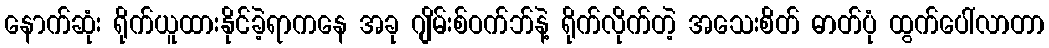
နောက်ဆုံး ရိုက်ယူထားနိုင်ခဲ့ရာကနေ အခု ဂျိမ်းစ်ဝက်ဘ်နဲ့ ရိုက်လိုက်တဲ့ အသေးစိတ် ဓာတ်ပုံ ထွက်ပေါ်လာတာ